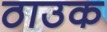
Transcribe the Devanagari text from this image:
ठाउक